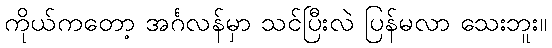
ကိုယ်ကတော့ အင်္ဂလန်မှာ သင်ပြီးလဲ ပြန်မလာ သေးဘူး။